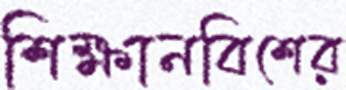
শিক্ষানবিশের